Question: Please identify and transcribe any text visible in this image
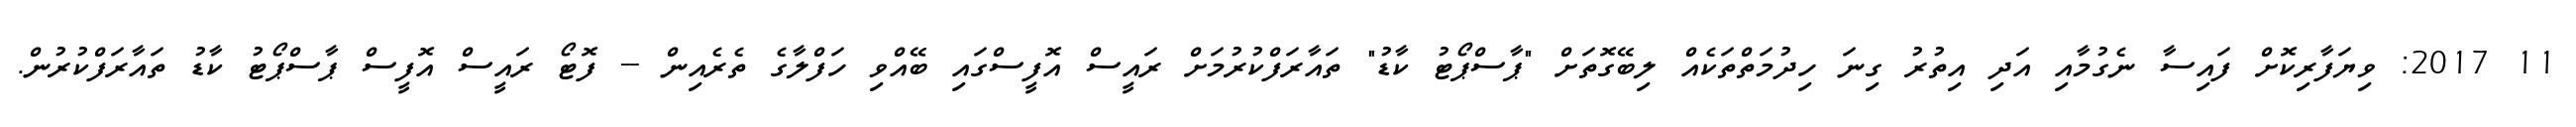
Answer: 11 2017: ވިޔަފާރިކޮށް ފައިސާ ނެގުމާއި އަދި އިތުރު ގިނަ ހިދުމަތްތަކެއް ލިބޭގޮތަށް "ޕާސްޕޯޓު ކާޑު" ތައާރަފްކުރުމަށް ރައީސް އޮފީސްގައި ބޭއްވި ހަފްލާގެ ތެރެއިން -- ފޮޓޯ ރައީސް އޮފީސް ޕާސްޕޯޓު ކާޑު ތައާރަފްކުރުން.